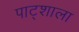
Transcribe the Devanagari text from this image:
पाट्शाला